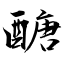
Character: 醣